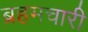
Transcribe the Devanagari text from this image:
ब्रहमचारी